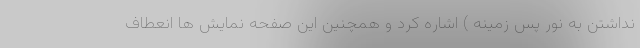
نداشتن به نور پس زمینه ) اشاره کرد و همچنین این صفحه نمایش ها انعطاف